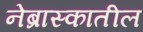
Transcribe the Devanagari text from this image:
नेब्रास्कातील